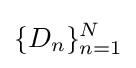
\{D_{n}\}_{n=1}^{N}